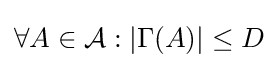
\forall A\in {\mathcal {A}}:|\Gamma (A)|\leq D